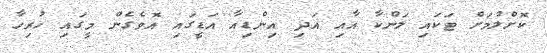
ކޮށްލުމަށް ޓަކައި ލަންކާ އާއި އަދި އިންޑިއާ އަޑީގައި އޮވެގެން މީގައި ހުރިހާ